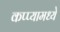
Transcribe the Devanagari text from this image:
कप्प्यामध्ये